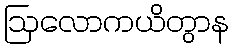
ဩလောကယိတွာန